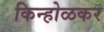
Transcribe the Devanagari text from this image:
किन्होळकर